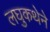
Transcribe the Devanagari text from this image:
लघुकथेने